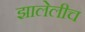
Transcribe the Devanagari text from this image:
झालेलीच